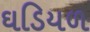
ઘડિયળ